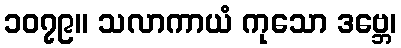
၁၀၇၉။ သလာကာယံ ကုသော ဒဗ္ဘေ၊